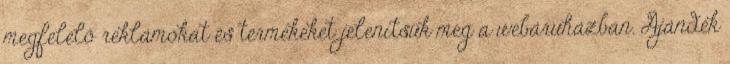
megfelelő reklámokat és termékeket jelenítsük meg a webáruházban. Ajándék